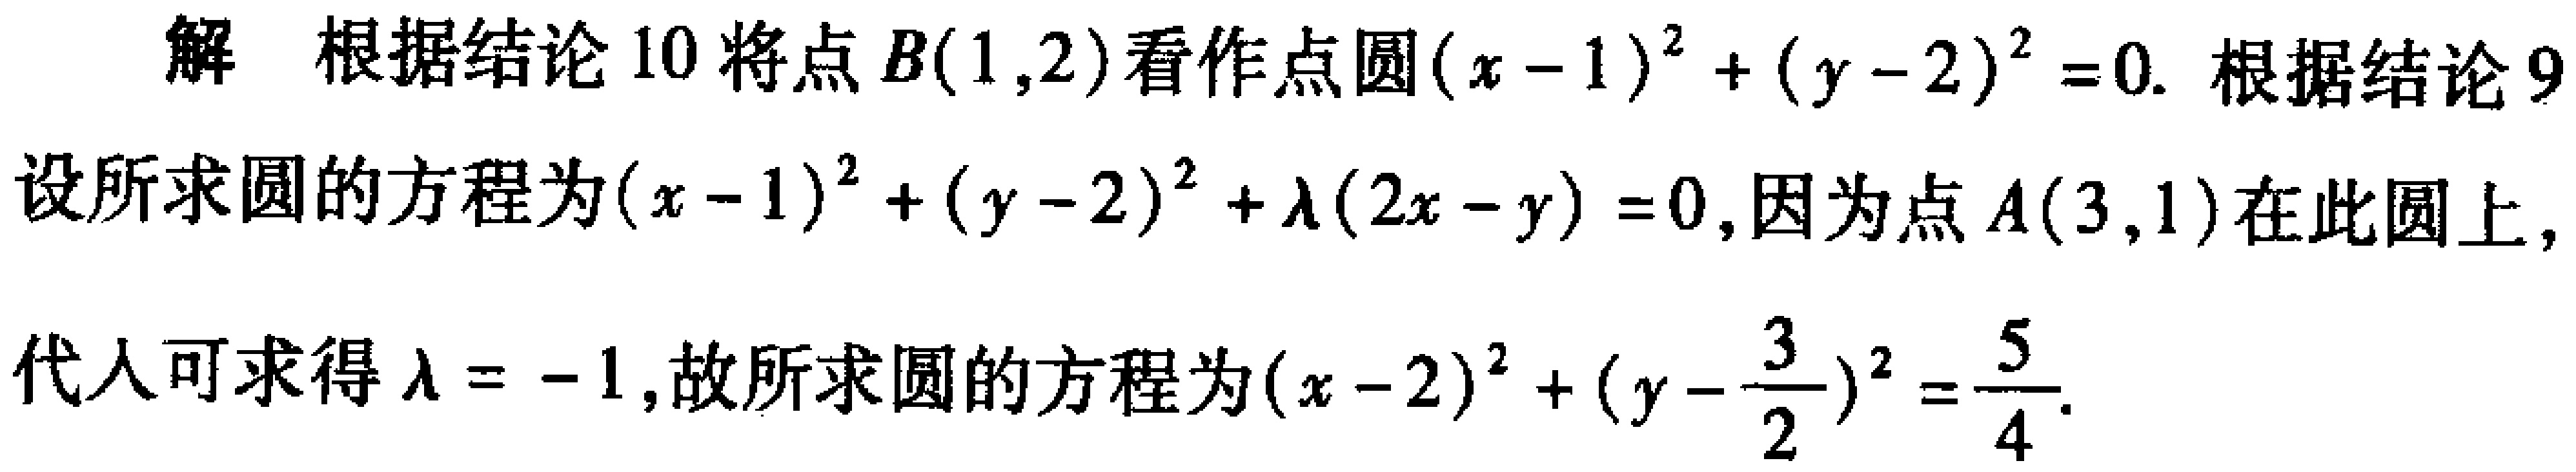
解 根据结论 10 将点\(B(1,2)\)看作点圆\((x - 1)^{2}+(y - 2)^{2}=0\). 根据结论 9
设所求圆的方程为\((x - 1)^{2}+(y - 2)^{2}+\lambda(2x - y)=0\),因为点\(A(3,1)\)在此圆上,
代入可求得\(\lambda = - 1\),故所求圆的方程为\((x - 2)^{2}+(y - \frac{3}{2})^{2}=\frac{5}{4}\).